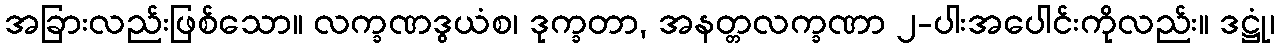
အခြားလည်းဖြစ်သော။ လက္ခဏဒွယံစ၊ ဒုက္ခတာ, အနတ္တလက္ခဏာ ၂-ပါးအပေါင်းကိုလည်း။ ဒဋ္ဌုံ၊